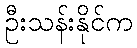
ဦးသန်းနိုင်က